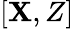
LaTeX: [\mathbf{X},Z]